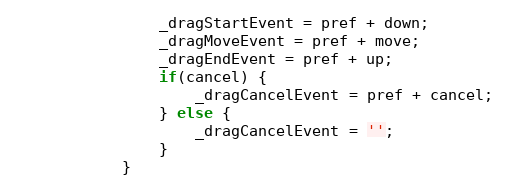
Language: JavaScript
				_dragStartEvent = pref + down;
				_dragMoveEvent = pref + move;
				_dragEndEvent = pref + up;
				if(cancel) {
					_dragCancelEvent = pref + cancel;
				} else {
					_dragCancelEvent = '';
				}
			}